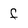
Character: F